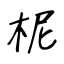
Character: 柅